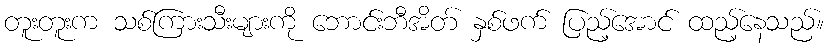
တူးတူးက သစ်ကြားသီးများကို ဘောင်းဘီအိတ် နှစ်ဖက် ပြည့်အောင် ထည့်နေသည်။